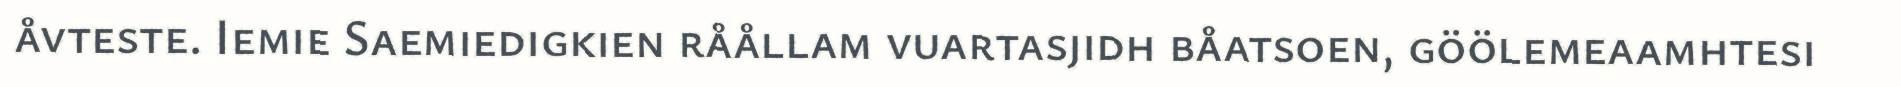
åvteste. Iemie Saemiedigkien råållam vuartasjidh båatsoen, göölemeaamhtesi